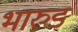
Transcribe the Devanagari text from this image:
भारुडं